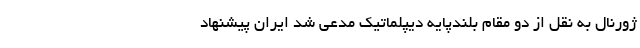
ژورنال به نقل از دو مقام بلندپایه دیپلماتیک مدعی شد ایران پیشنهاد